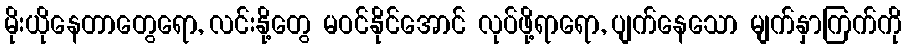
မိုးယိုနေတာတွေရော, လင်းနို့တွေ မဝင်နိုင်အောင် လုပ်ဖို့ရာရော, ပျက်နေသော မျက်နှာကြက်ကို